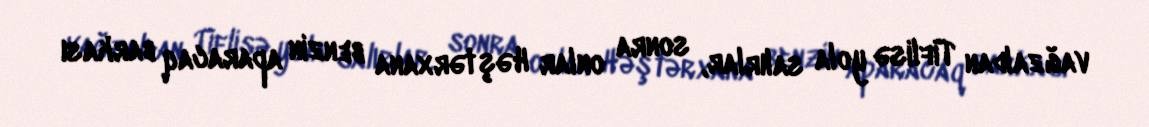
vağzaldan Tiflisə yola salırlar, sonra onlar Həştərxana benzin aparacaq barkası